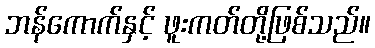
ဘန်ကောက်နှင့် ဖူးကတ်တို့ဖြစ်သည်။